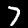
Label: 7